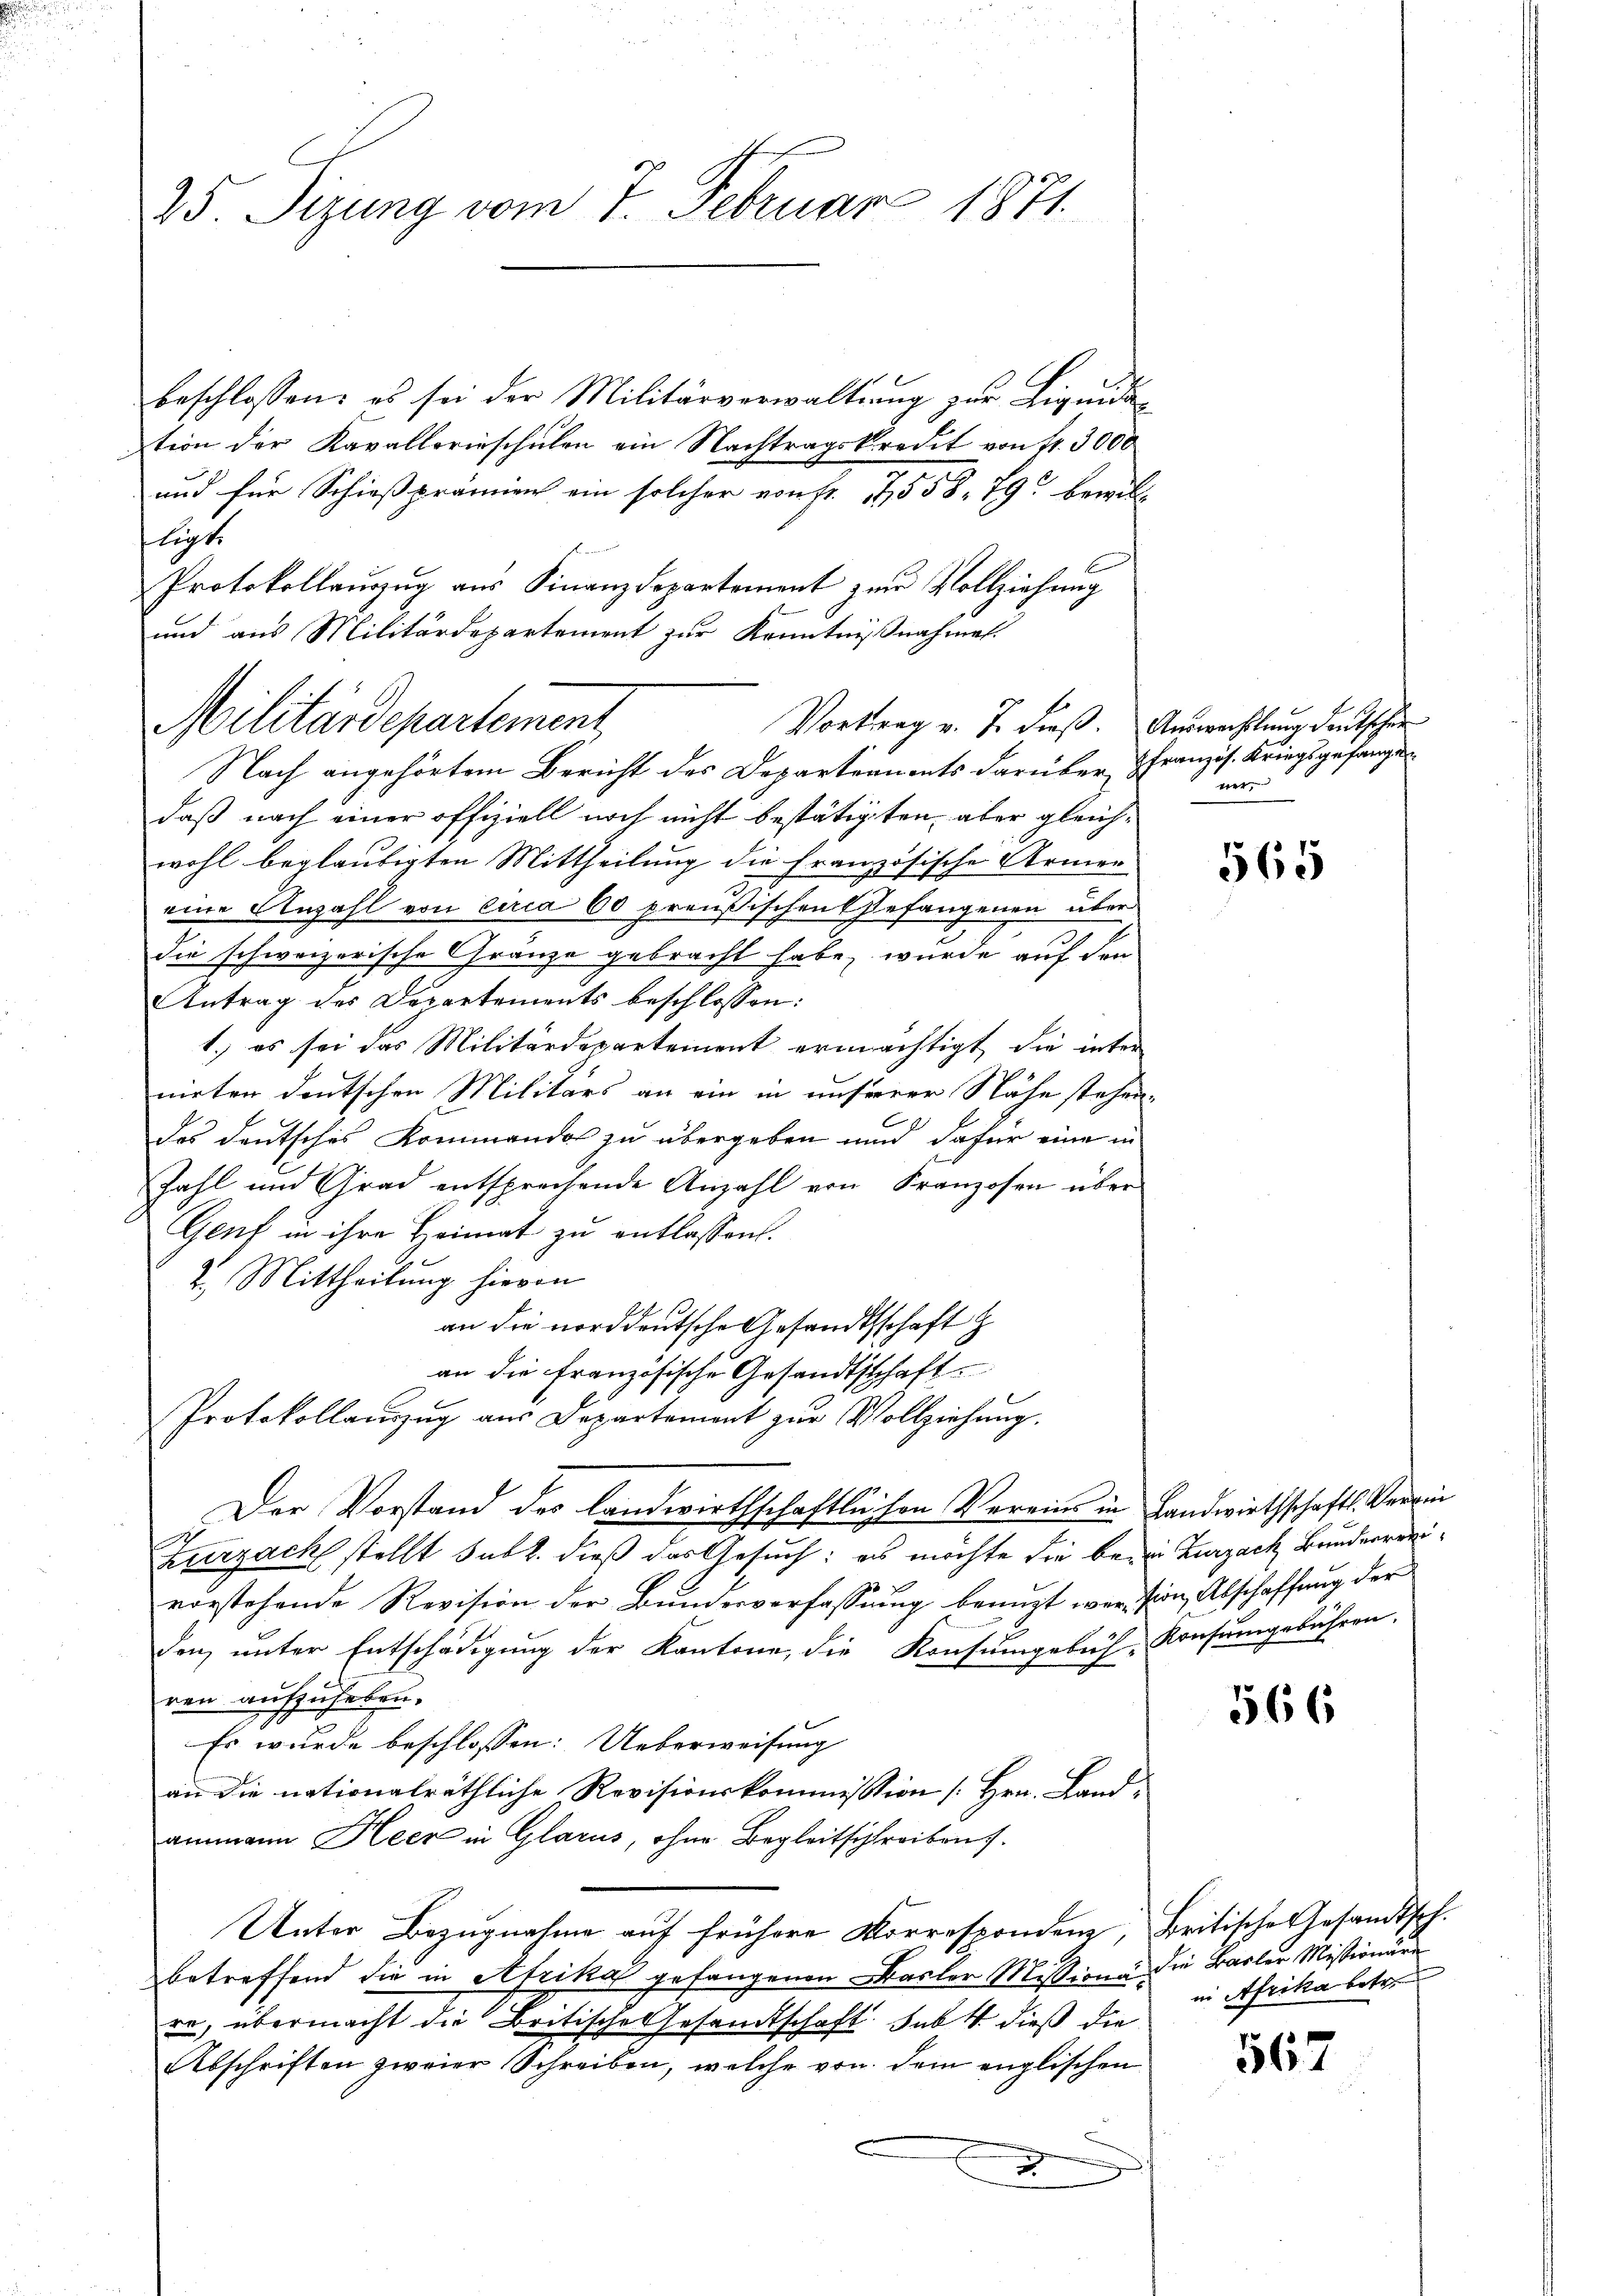
25. Sizung vom 7. Februar 1871.

beschlossen: es sei der Militärverwaltung zur Liquidation der Kavallerieschulen ein Nachtragskredit von Fr. 3000
und für Schießprämien ein solcher von fr. 17558. 79 bewill
fliste
Protokollauszug aus Finanzdepartement zur Vollziehung
und aus Militärdepartement zur Kenntnißnahmen.
Vortrag v. J. dieß. Auswechslung deutschen
Nach angehörtem Bericht des Departernents darüber Franzis. Kriegsgefangedaß nach einer offiziell noch nicht bestätigten, aber gleichwohl beglaubigten Mittheilung die Französische Armen
eine Anzahl von circa 60 preußischen Gefangenen über
die schweizerische Gränze gebracht habe, wurde auf den
Antrag des Departements beschlossen:
1.) es sei das Militärdepartement ermächtigt, die inter
nirten deutschen Militärs an ein in unserer Nähe stehen,
des deutsches Kommandos zu übergeben und dafür eine in
Zahl und Grad entsprechende Anzahl von Franzosen über
Genf in ihre Heimat zu entlassen.
2. Mittheilung hievon
an die norddeutsche Gesandtschaft
an die französische Gesandtschaft.
Protokollauszug aus Departement zur Vollziehung.
Der Vorstand des landwirthschaftlichen Vereins in Landwirthschafts Verrin
Zurzach stellt subt. dieß das Gesuch: es möchte die bei Zurzach Bunderreivorstehende Revision der Bundesverfassung benuzt wertion, Abschaffung der
den, unter Entschädigung der Kantone, die Konsumgebüh-Konsumgebühren.
ren aufzuheben.
Es wurde beschlossen: Ueberweisung
an die nationalräthliche Revisionskommission [Hrn. Land-
ammann Heer in Glarus, ohne Begleitschreiben.
Unter Bezugnahme auf frühere Vorrespondenz, Britische Gesandtsch.
betreffend die in Afrika gefangenen Basler Mission die Basler Missionäre
re, übermacht die Britische Gesandtschaft Sub dieß die
Abschriften zweier Schreiben, welche von dem englischen
g

Militärdepartement,

ver

565

566

in Afrika betr.

567